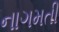
નાગમતી